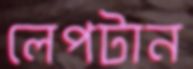
লেপটান